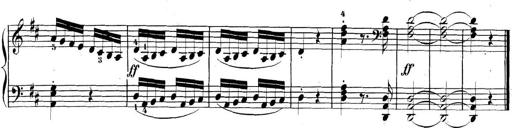
Title: 3 Sonatinen, Op.8
Composer: Isidor Wilhelm Seiss